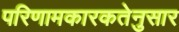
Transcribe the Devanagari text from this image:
परिणामकारकतेनुसार